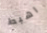
اهبط